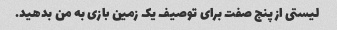
لیستی از پنج صفت برای توصیف یک زمین بازی به من بدهید.